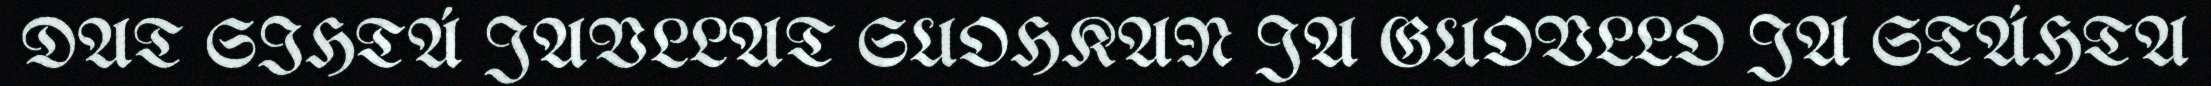
DAT SIHTÁ JAVLLAT SUOHKAN JA GUOVLLO JA STÁHTA